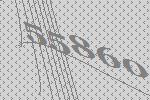
55860